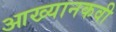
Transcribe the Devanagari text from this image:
आख्यानकवी